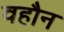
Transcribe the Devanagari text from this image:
वहौन